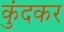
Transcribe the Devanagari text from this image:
कुंदकर